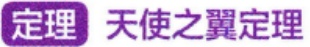
定理 天使之翼定理